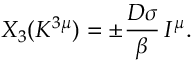
X _ { 3 } ( K ^ { 3 \mu } ) = \pm \frac { D \sigma } { \beta } \, I ^ { \mu } .